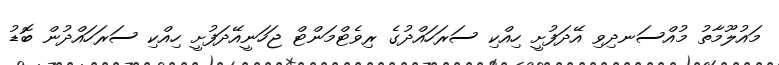
މައުލޫމާތު މުއްސަނދިވި އޭދަފުށީ ހިއްކި ސަރަހައްދުގެ ރިވެޓްމަންޓް ޖަހަނީއޭދަފުށީ ހިއްކި ސަރަހައްދުން ބޮޑު